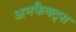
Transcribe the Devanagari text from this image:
अनफैक्ट्स